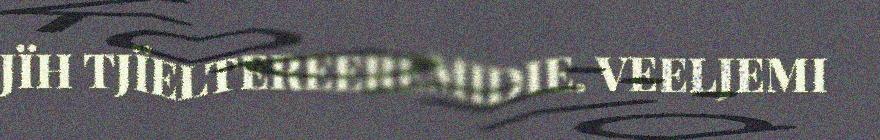
JÏH TJÏELTEREEREMIDIE. VEELJEMI